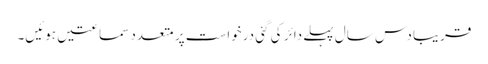
قریبا دس سال پہلے دائر کی گئی درخواست پر متعدد سماعتیں ہوئیں۔